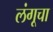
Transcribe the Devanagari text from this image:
लंगूचा